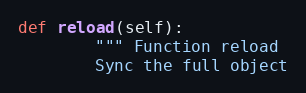
Language: Python
def reload(self):
        """ Function reload
        Sync the full object